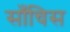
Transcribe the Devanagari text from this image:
साँचिस